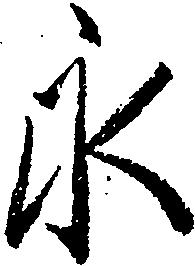
永